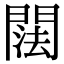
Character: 䦢